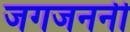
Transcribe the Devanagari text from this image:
जगजननी